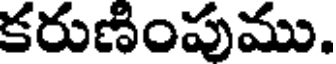
కరుణింపుము.